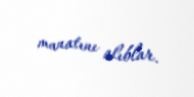
manatını alıblar.